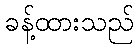
ခန့်ထားသည်